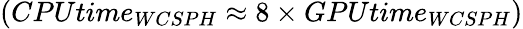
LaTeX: (CPUtime_{WCSPH}\approx 8\times GPUtime_{WCSPH})